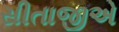
સીતાજીએ